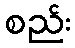
စည်း